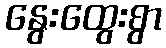
နွေးထွေးစွာ